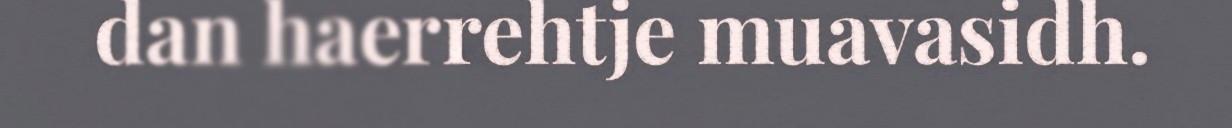
dan haerrehtje muavasidh.